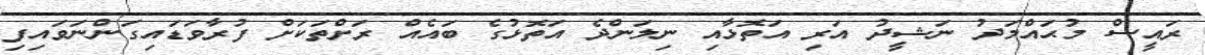
ރައީސް މުޙައްމަދު ނަޝީދު އަރި އަތޮޅާއި ނިލަންދެ އަތޮޅުގެ ބަައެއް ރަށްތަކަށް ފުރާވަޑައިގަންނަވައިފި